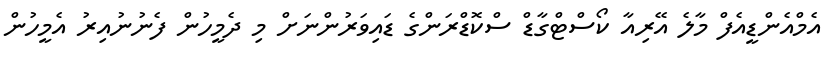
އެމްއެންޑީއެފް މާލެ އޭރިއާ ކޯސްޓްގާޑް ސްކޮޑްރަންގެ ޑައިވަރުންނަށް މި ދެމީހުން ފެނުނުއިރު އެމީހުން